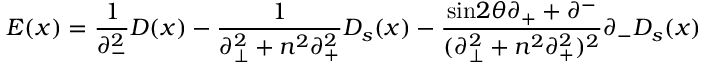
E ( x ) = \frac { 1 } { { \partial } _ { - } ^ { 2 } } D ( x ) - \frac { 1 } { { \partial } _ { \bot } ^ { 2 } + n ^ { 2 } { \partial } _ { + } ^ { 2 } } D _ { s } ( x ) - \frac { \mathrm { s i n } 2 { \theta } { \partial } _ { + } + { \partial } ^ { - } } { ( { \partial } _ { \bot } ^ { 2 } + n ^ { 2 } { \partial } _ { + } ^ { 2 } ) ^ { 2 } } { \partial } _ { - } D _ { s } ( x )